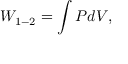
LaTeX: W _ { 1 - 2 } = \int P d V ,